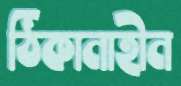
ঠিকানাহীন